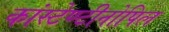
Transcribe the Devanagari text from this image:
कांस्टेण्टीनोपिल